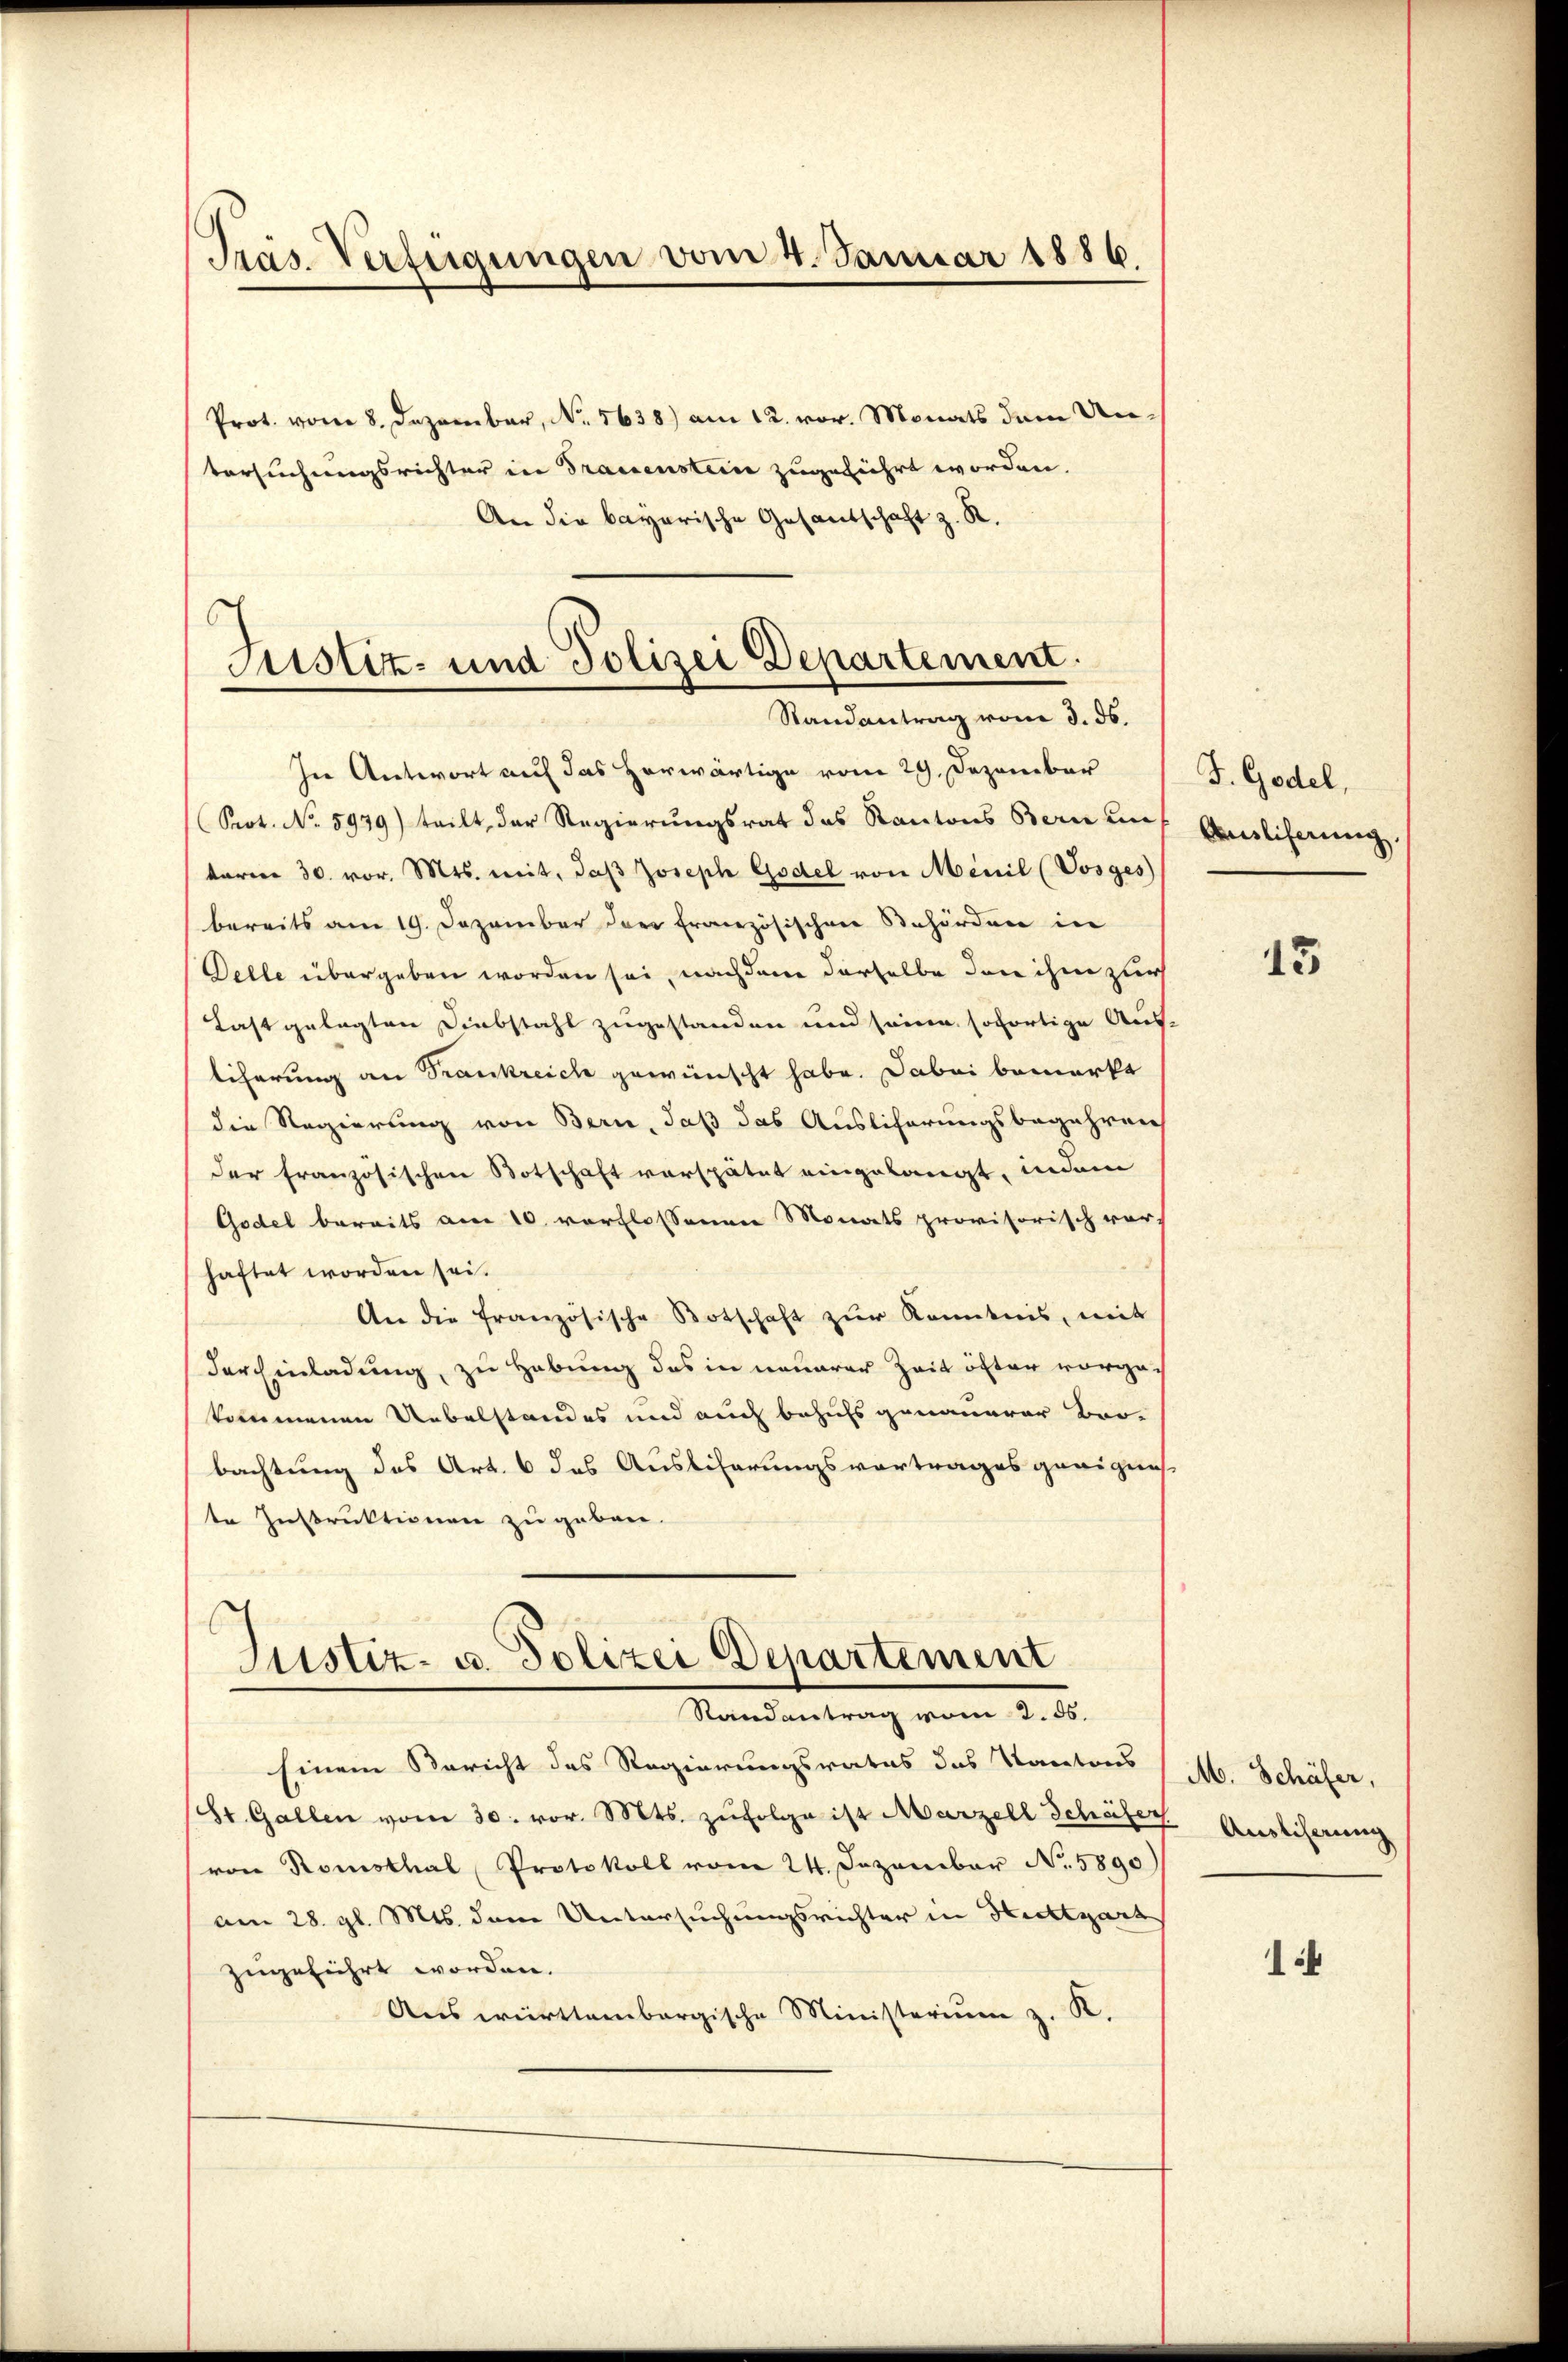
Pras Verfügungen vom 4. Januar 1886.

Prot. vom 8. Dezember, No. 1638) am 12. vor. Monats dem Untersuchungsrichter in Trauenstein zugeführt worden.
An die bayerische Gesandschaft z. R.

s
Astiz- und Polizei Departement.
Randantrag vom 3. ds.

In Antwort auf das herwärtige vom 29. Dezember
Seot. No. 5979) teilt, der Regierungsrat das Kantons Bern unf
tarie 30. vor. Mts. mit, daβ Joseph Godel von Menil (Vosges
bereits am 19. Dezember der französischen Behörden in
Delle übergeben worden sei, nachdem derselbe dere ihm zur
Last gelegten Diebstahl zugestanden und seine sofortige Aus-
liferung an Trankreich gewünscht habe. Dabei bemerke
die Regierung von Bern, daß das Auslicherungsbegehren
der französischen Botschaft verspätet eingelangt, indem
Godel bereits am 10. verflossenen Monats provisorisch vor,
haftet worden sei.
An die französische Botschaft zŭr Kenntnis, mit
der Einladung, zu Hebung des in neuerer Zeit öfter vorges
kommenen Uebelstandes und auch behufs genauerer Bro-
bachtung des Art. 6 das Ausliserungsvortrages geeignis
te Instruktionen zu geben.
s
Justiz- u. Polizei Departement
Randantrag vom 2. ds.
Einem Bericht des Regierungsrates das Kantons
(St. Gallen vom 30. vor. Mts. zŭfolge ist Marzell Schöfer. Auslierung
von Konsthal, Protokoll vom 24. Dezember No. 5890)
am 28. gl. Mts. dem Untersuchungsrichter in Hechtgart
zugeführt worden.
Auswürttembergische Ministerium z. K.

F. Godel,
Ausliferung.

15

M. Schäfer,

1